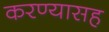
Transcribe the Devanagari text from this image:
करण्यासह